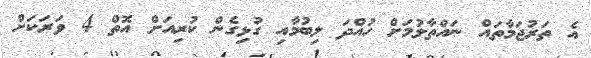
އެ ތަރުޖަމާތައް ނައްތާލުމަށް ހުއްދަ ލިބުމާއި ގުޅިގެން ކުރިއަށް އޮތް 4 ވަރަކަށް